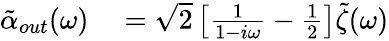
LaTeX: \begin{array}{rl}{\tilde{\alpha}_{out}(\omega)}&{{}=\sqrt{2}\left[\frac{1}{1-i\omega}-\frac{1}{2}\right]\tilde{\zeta}(\omega)}\end{array}